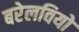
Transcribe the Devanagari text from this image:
बरेलवियो